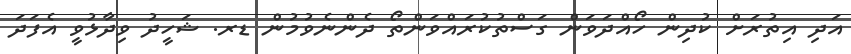
އަދި އިތުރަށް ކުދިން ހޯއްދަވަން ގަސްތުކުރައްވަންތޯ ދެންނެވުމުން ޑރ. ޝަހީދު ވިދާޅުވީ އެފަދަ